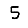
Digit: 5